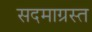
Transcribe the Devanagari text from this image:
सदमाग्रस्त